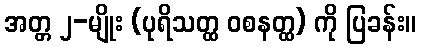
အတ္တ ၂-မျိုး (ပုရိသတ္ထ ဝစနတ္ထ) ကို ပြခန်း။